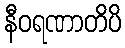
နီဝရဏာတိပိ